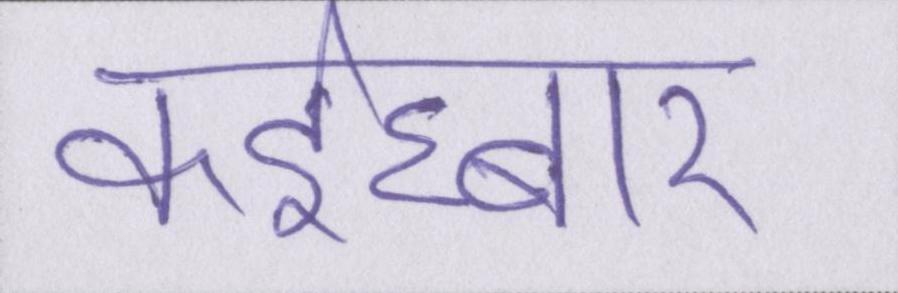
कईघ्बार